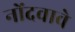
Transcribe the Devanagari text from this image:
नोंदवावे